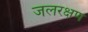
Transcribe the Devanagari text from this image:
जलरक्षण